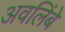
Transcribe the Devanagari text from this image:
अवलिंबे